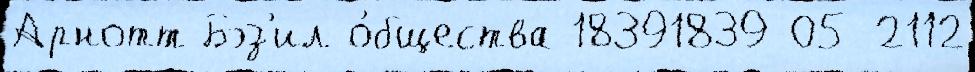
Арнотт Бэз'ил о́бщества 18391839-05-2112